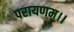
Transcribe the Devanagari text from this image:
परायणम।।